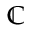
\mathbb { C }